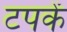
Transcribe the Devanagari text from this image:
टपकें